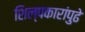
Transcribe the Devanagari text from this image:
शिल्पकारांपुढे